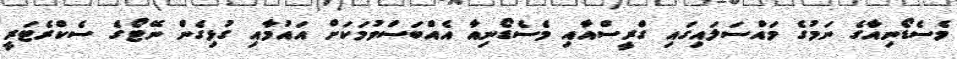
މެސެޑޯނިއާގެ ނަމުގެ މައްސަލައިގައި ގްރީސްއާއި މެސެޑޯނިއާ އެއްބަސްވުމަކަށް އައުމާއި ގުޅިގެން ނޭޓޯގެ ސެކްރެޓަރީ